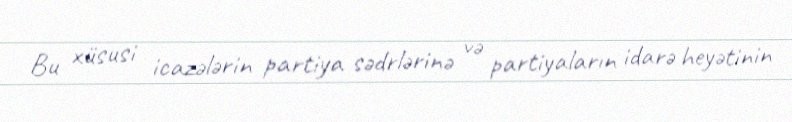
Bu xüsusi icazələrin partiya sədrlərinə və partiyaların idarə heyətinin